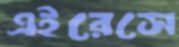
এইরেসে